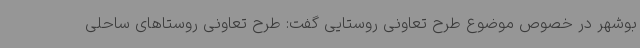
بوشهر در خصوص موضوع طرح تعاونی روستایی گفت: طرح تعاونی روستاهای ساحلی